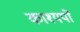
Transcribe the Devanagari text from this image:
काश्यपों